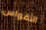
الأقواس